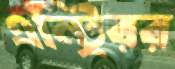
এন্ট্রিরর